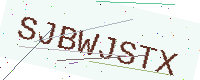
Text: SJBWJSTX